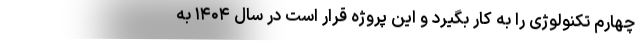
چهارم تکنولوژی را به کار بگیرد و این پروژه قرار است در سال ۱۴۰۴ به